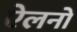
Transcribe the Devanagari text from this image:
ऐलनों